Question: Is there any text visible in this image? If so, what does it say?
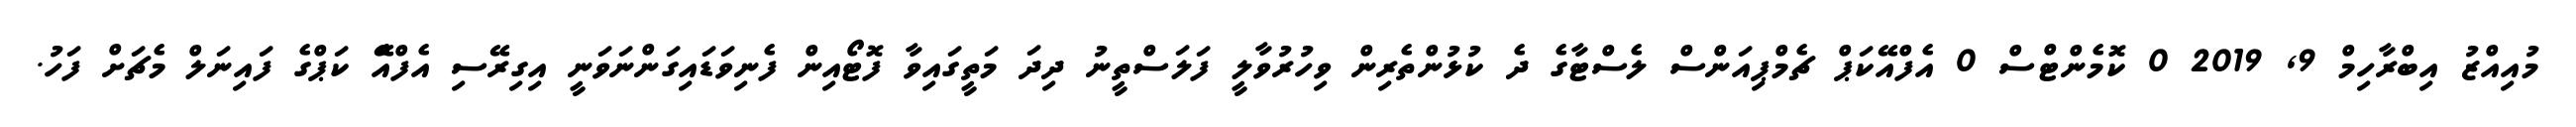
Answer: މުއިއްޒު އިބްރާހިމް 9, 2019 0 ކޮމެންޓްސް 0 އެފްއޭކަޕް ޗެމްޕިއަންސް ލެސްޓާގެ ދެ ކުޅުންތެރިން ވިހުރުވާލީ ފަލަސްތީނު ދިދަ މަތީގައިވާ ފޮޓޯއިން ފެނިވަޑައިގަންނަވަނީ އިގިރޭސި އެފްއެޭ ކަޕްގެ ފައިނަލް މެޗަށް ފަހު.